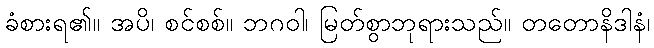
ခံစားရ၏။ အပိ၊ စင်စစ်။ ဘဂဝါ၊ မြတ်စွာဘုရားသည်။ တတောနိဒါနံ၊